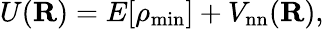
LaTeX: U({\mathbf R})=E[\rho_{\mathrm{min}}]+V_{\mathrm{nn}}({\mathbf R}),